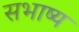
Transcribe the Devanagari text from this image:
सभाष्य